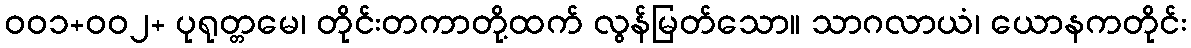
၀၀၁+၀၀၂+ ပုရုတ္တမေ၊ တိုင်းတကာတို့ထက် လွန်မြတ်သော။ သာဂလာယံ၊ ယောနကတိုင်း